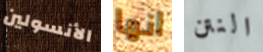
الأنسولين انها النتن